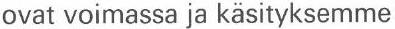
ovat voimassa ja käsityksemme